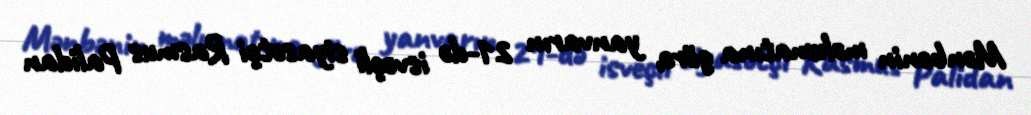
Mənbənin məlumatına görə, yanvarın 21-də isveçli siyasətçi Rasmus Palidan